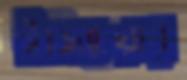
ইজিচেয়ার